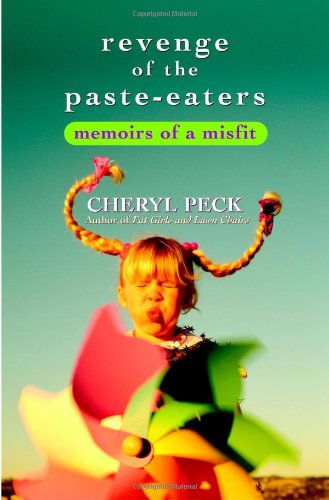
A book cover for Revenge of the Paste Eaters: Memoirs of a Misfit; Cheryl Peck; Gay & Lesbian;